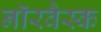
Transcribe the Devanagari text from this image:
नॉरवैस्क